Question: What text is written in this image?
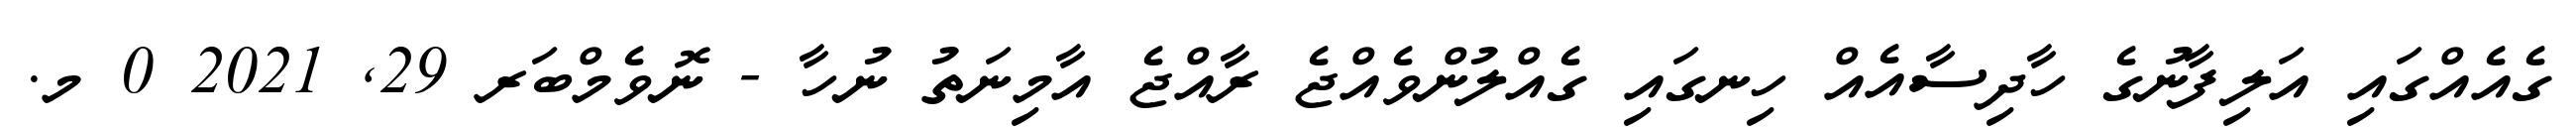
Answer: ގެއެއްގައި އަލިފާނުގެ ހާދިސާއެއް ހިނގައި ގެއްލުންވެއްޖެ ރާއްޖެ އާމިނަތު ނުހާ - ނޮވެމްބަރ 29, 2021 0 މ.